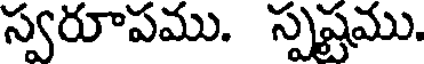
స్వరూపము. స్పష్టము.